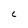
Character: C